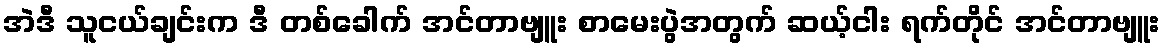
အဲဒီ သူငယ်ချင်းက ဒီ တစ်ခေါက် အင်တာဗျူး စာမေးပွဲအတွက် ဆယ့်ငါး ရက်တိုင် အင်တာဗျူး